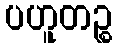
ပဟူတဉ္စ